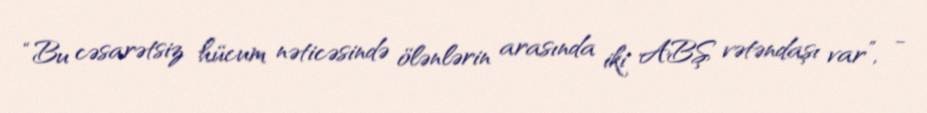
“Bu cəsarətsiz hücum nəticəsində ölənlərin arasında iki ABŞ vətəndaşı var”, -